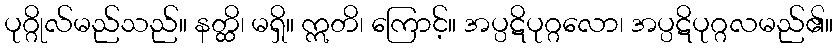
ပုဂ္ဂိုလ်မည်သည်။ နတ္ထိ၊ မရှိ။ ဣတိ၊ ကြောင့်။ အပ္ပဋိပုဂ္ဂလော၊ အပ္ပဋိပုဂ္ဂလမည်၏။